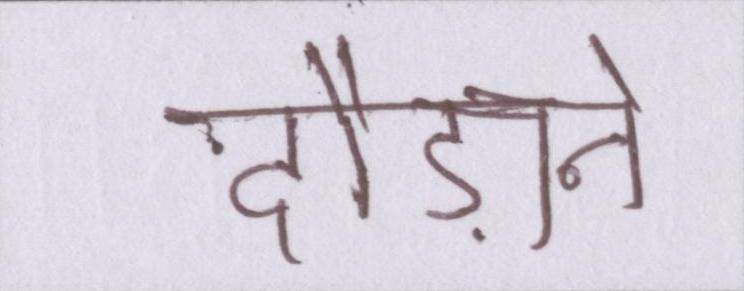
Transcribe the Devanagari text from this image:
दौड़ाने